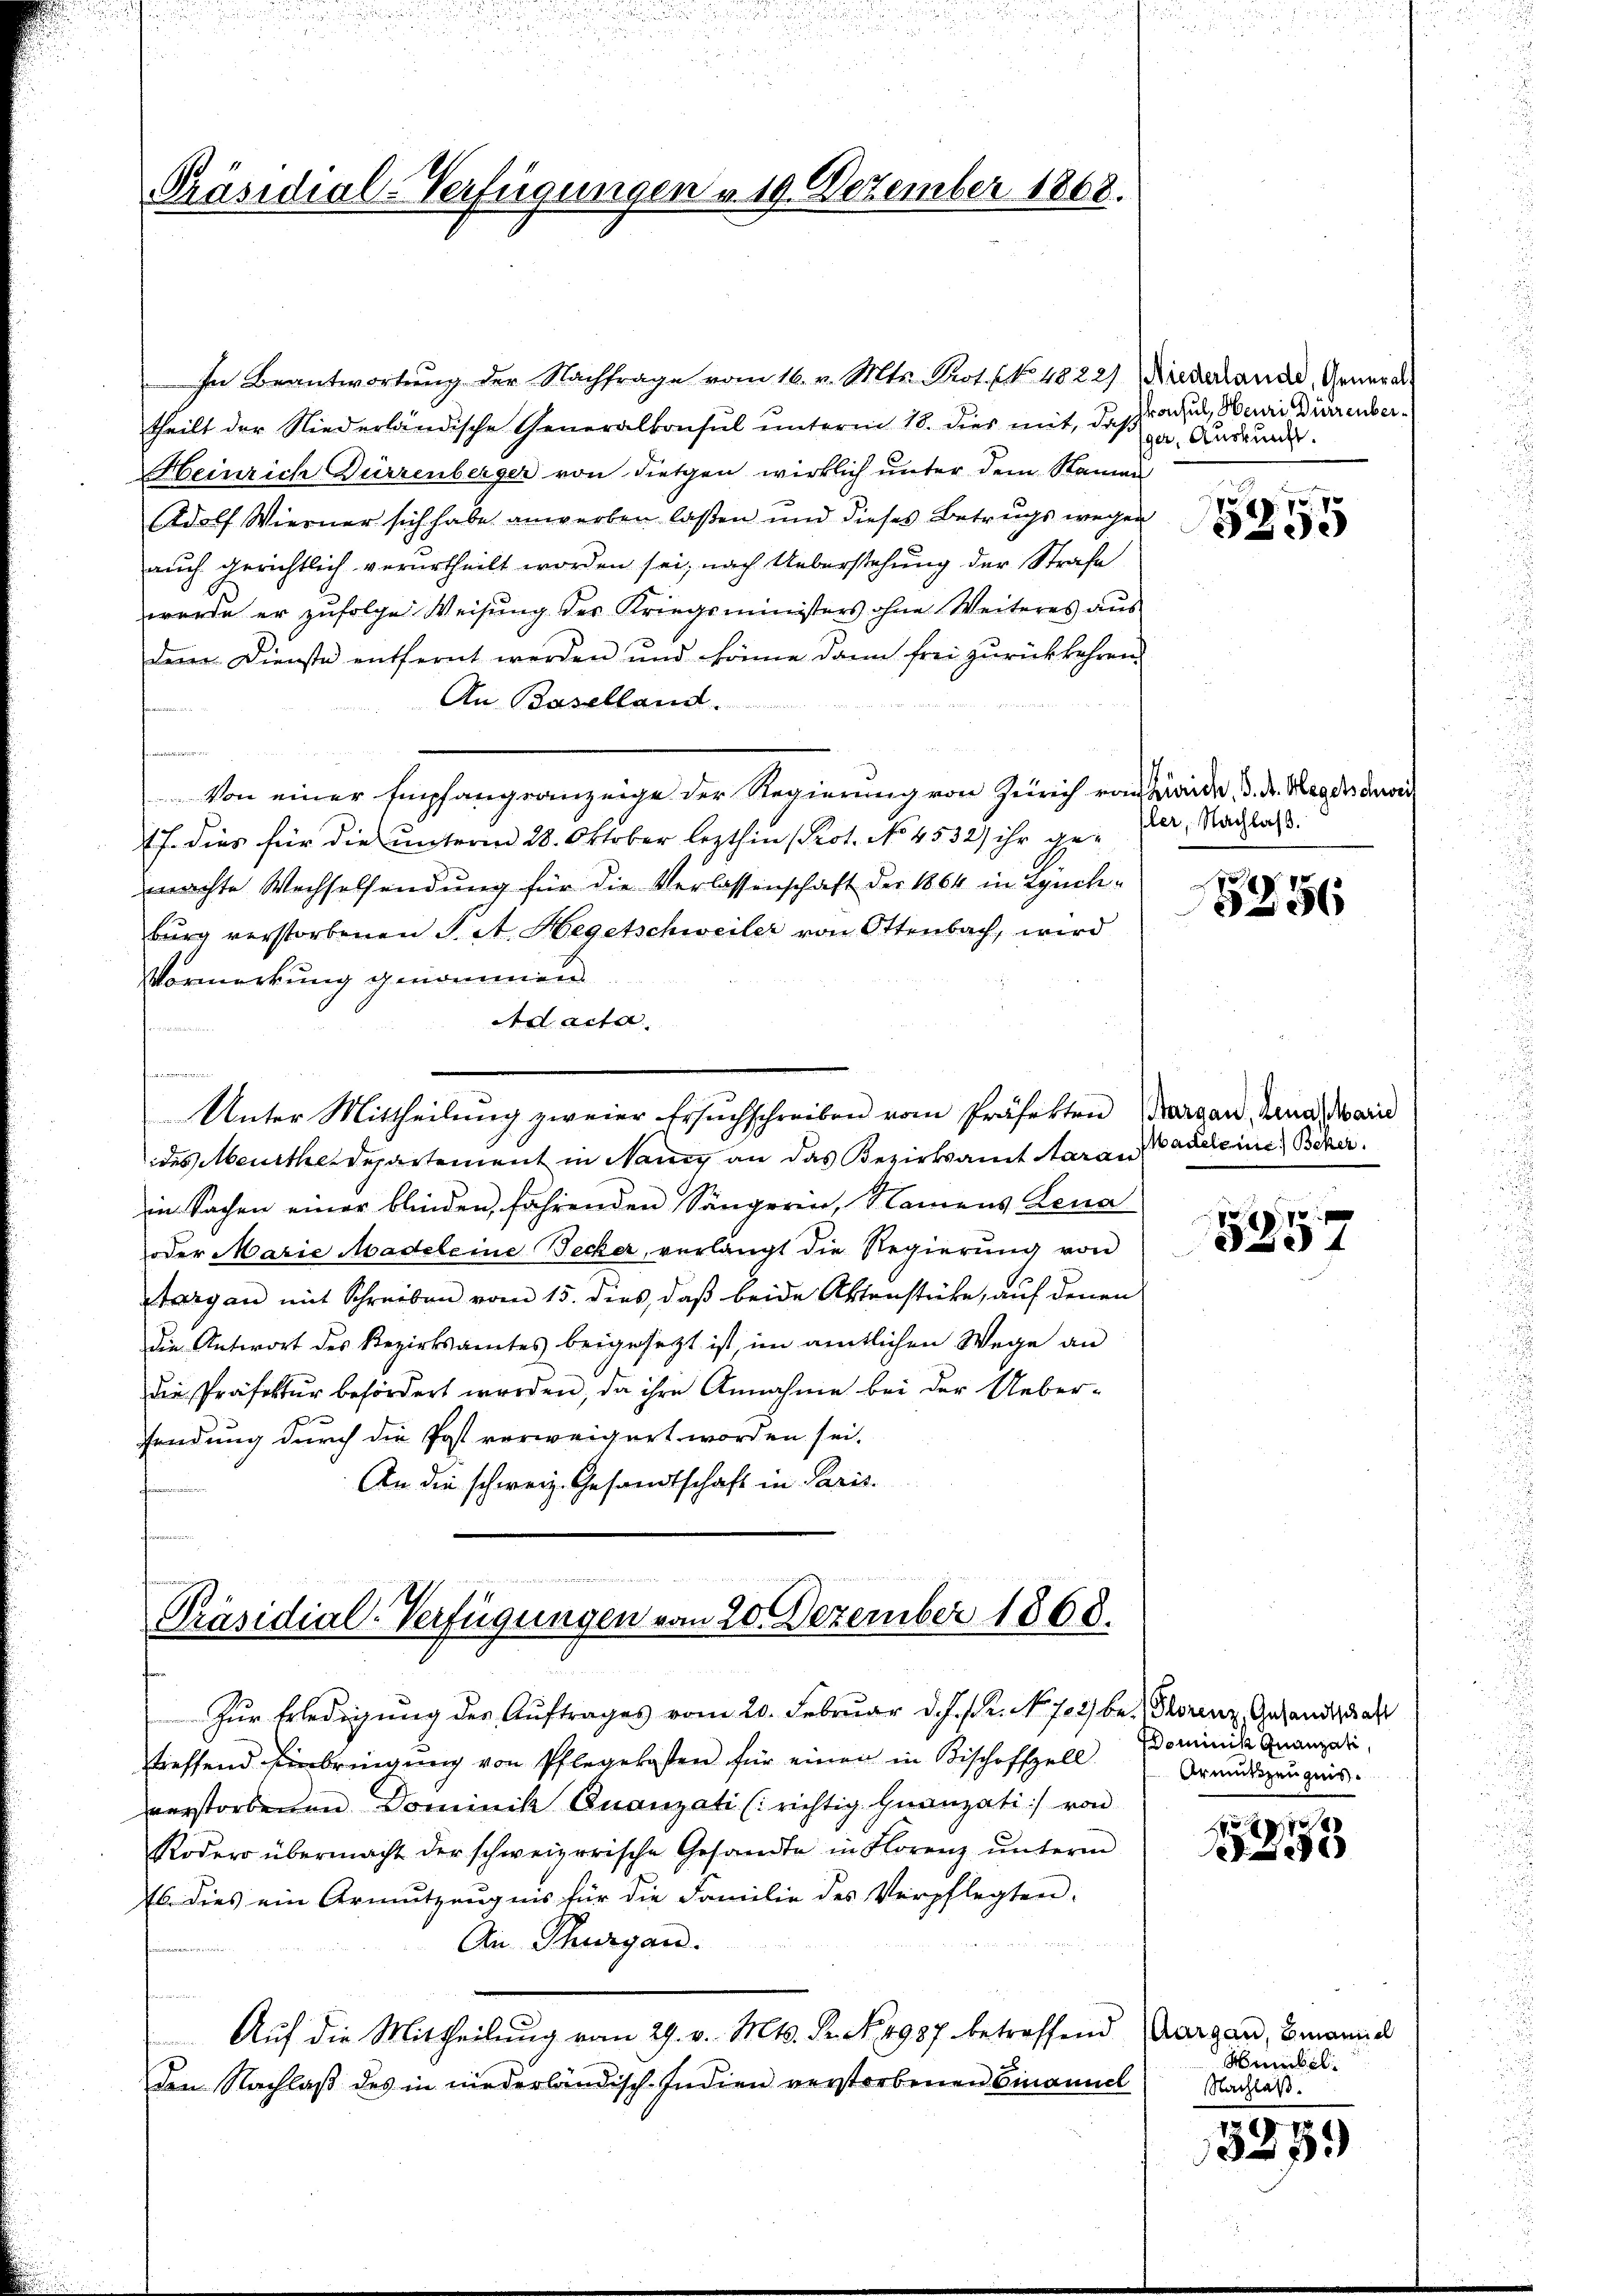
Präsidial-Verfügungen & 19. Dezember 1868.

In Beantwortung der Nachfrage vom 16. v. Mts. Prot. No. 4822) (Niederlande, General
theilt der Niederländische Generalkonsul unterm 18. dies mit, daß
Heinrich Dürzenberger von diegen wirklich unter dem Namen
AAdolf Wierner sich habe anwerben laßen und dieses Betrugs wegen
auch gerichtlich verurtheilt worden sei, nach Ueberstehung der Strafe
wurde er zufolge Weisung der Kriegsministers ohne Weiteres aus
den. Dienste entfernt werden und könne dann frei zŭrückkehren
An Baselland.
d
Von einer Empfangsanzeige der Regierung von Zürich von beide, d. d. Regelsduvii
f. dies für die unterm 28. Oktober lezthin (Prot. No. 4532) ihr gemachte Wechselsendung für die Verlassenschaft der 1864 in Zuchburg verstorbenen Pet. Hegetschweiler von Ottenbach, wird
Vormerkung genommen
Ad acta.
32/1345
Unter Mittheilung zweier Ersuchschreiben vom Präfekten (Karsau, Rena, Mari
des Meurthe Departement in Nancy an das Bezirksamt Aarau
in Sachen einer blinden, fährenden Sängeren, Namens Lena
oder Marie Madeleine Becker, verlangt die Regierŭng von
Aargau mit Schreiben vom 15. dies, daß beide Aktenstücke, auf denen
die Antwort des Bezirksamtes beigesetzt ist, im amtlichen Wege an
die Präfektur befördert werden, da ihre Annahme bei der Uebersendung durch die Post verweigert worden sei.
An die schweiz. Gesandtschaft in Paris.

Präsidial-Verfügungen vom 20. Dezember 1868.

Zur Erledigung des Auftrages vom 20. Februar d. J. J. J. No 702 be- Thorenz, Gesandtschaft
treffend Einbringŭng von Pflegekosten für einen in Bischoffzell
verstorbenen Dominik Quanzati (richtig Inanzati) von
Roder übermacht der schweizerische Gesandte in Florenz ŭnterm
Es dies ein Armutzeugnis für die Familie des Verpflegten.
An Thurgau.
e
Auf die Mittheilung vom 29. v. Mts. Fr. No. 4987 betreffend Margau, Brannt
den Nachlaß des in niederländisch-Indien verstorbenen Einamuel

konsul, Heuri Bierenberger, Auskunft.

71
 70. 75
5850

ler, Nachlaß.

g
5

Madeleine Beker

29,70
4

Dominik Quanzan,
Armutszeugnis.

1
x

Humbel.
Nachlaß.

5259